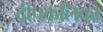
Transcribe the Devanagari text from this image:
दीपकलिका